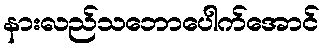
နားလည်သဘောပေါက်အောင်